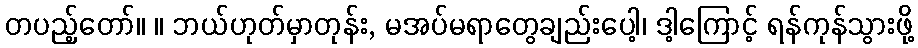
တပည့်တော်။ ။ ဘယ်ဟုတ်မှာတုန်း, မအပ်မရာတွေချည်းပေါ့၊ ဒါ့ကြောင့် ရန်ကုန်သွားဖို့